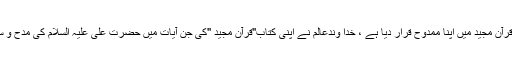
ایسی ہی بے مثال اور عظیم شخصیت کو خدا وندعالم نے قرآن مجید میں اپنا ممدوح قرار دیا ہے ، خدا وندعالم نے اپنی کتاب''قرآن مجید ''کی جن آیات میں حضرت علی علیہ السلام کی مدح و ستائش کی ہے ، ان کا مکمل احاطہ نہیں کیا جاسکا ، ہاں !